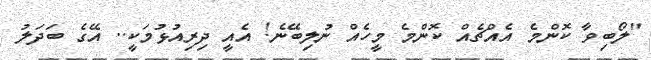
"ލޯބިވާ ކޮންމެ އެއްޗެއް ކޮންމެ މީހެއް ނުލިބޭނެ! އެއީ ދިރިއުޅުމަކީ.. އޭގެ ބަދަލު